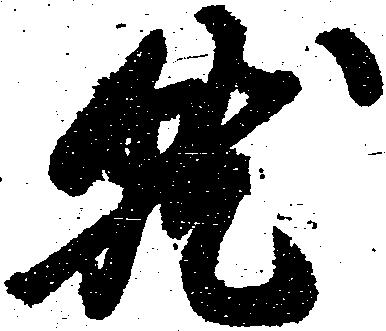
就